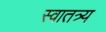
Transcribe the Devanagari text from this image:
स्वातत्र्य